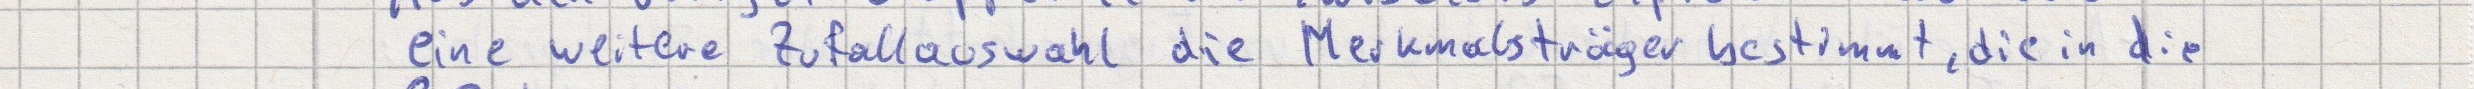
eine weitere Zufallsauswahl die Merkmalsträger bestimmt, die in die